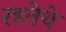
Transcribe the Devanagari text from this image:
रहतेथे